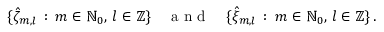
\{ \hat { \zeta } _ { m , l } \, : \, m \in \ensuremath { \mathbb { N } } _ { 0 } , \, l \in \ensuremath { \mathbb { Z } } \} \quad \mathrm { ~ a ~ n ~ d ~ } \quad \{ \hat { \xi } _ { m , l } \, : \, m \in \ensuremath { \mathbb { N } } _ { 0 } , \, l \in \ensuremath { \mathbb { Z } } \} \, .